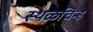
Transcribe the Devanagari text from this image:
स्थळचिन्ह